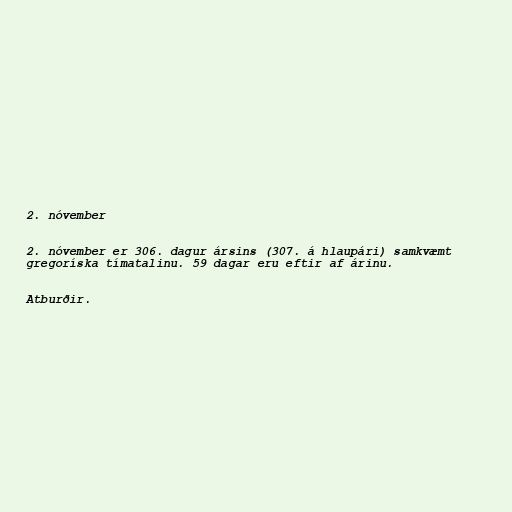
2. nóvember

2. nóvember er 306. dagur ársins (307. á hlaupári) samkvæmt
gregoríska tímatalinu. 59 dagar eru eftir af árinu.

Atburðir.